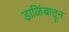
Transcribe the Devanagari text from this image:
डाळिंबातून